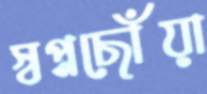
স্বপ্নছোঁয়া